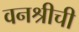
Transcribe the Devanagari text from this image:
वनश्रीची